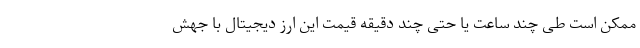
ممکن است طی چند ساعت یا حتی چند دقیقه قیمت این ارز دیجیتال با جهش